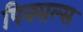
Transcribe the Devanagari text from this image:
पिक्सल्स